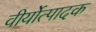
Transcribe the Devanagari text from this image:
वीर्योत्पादक